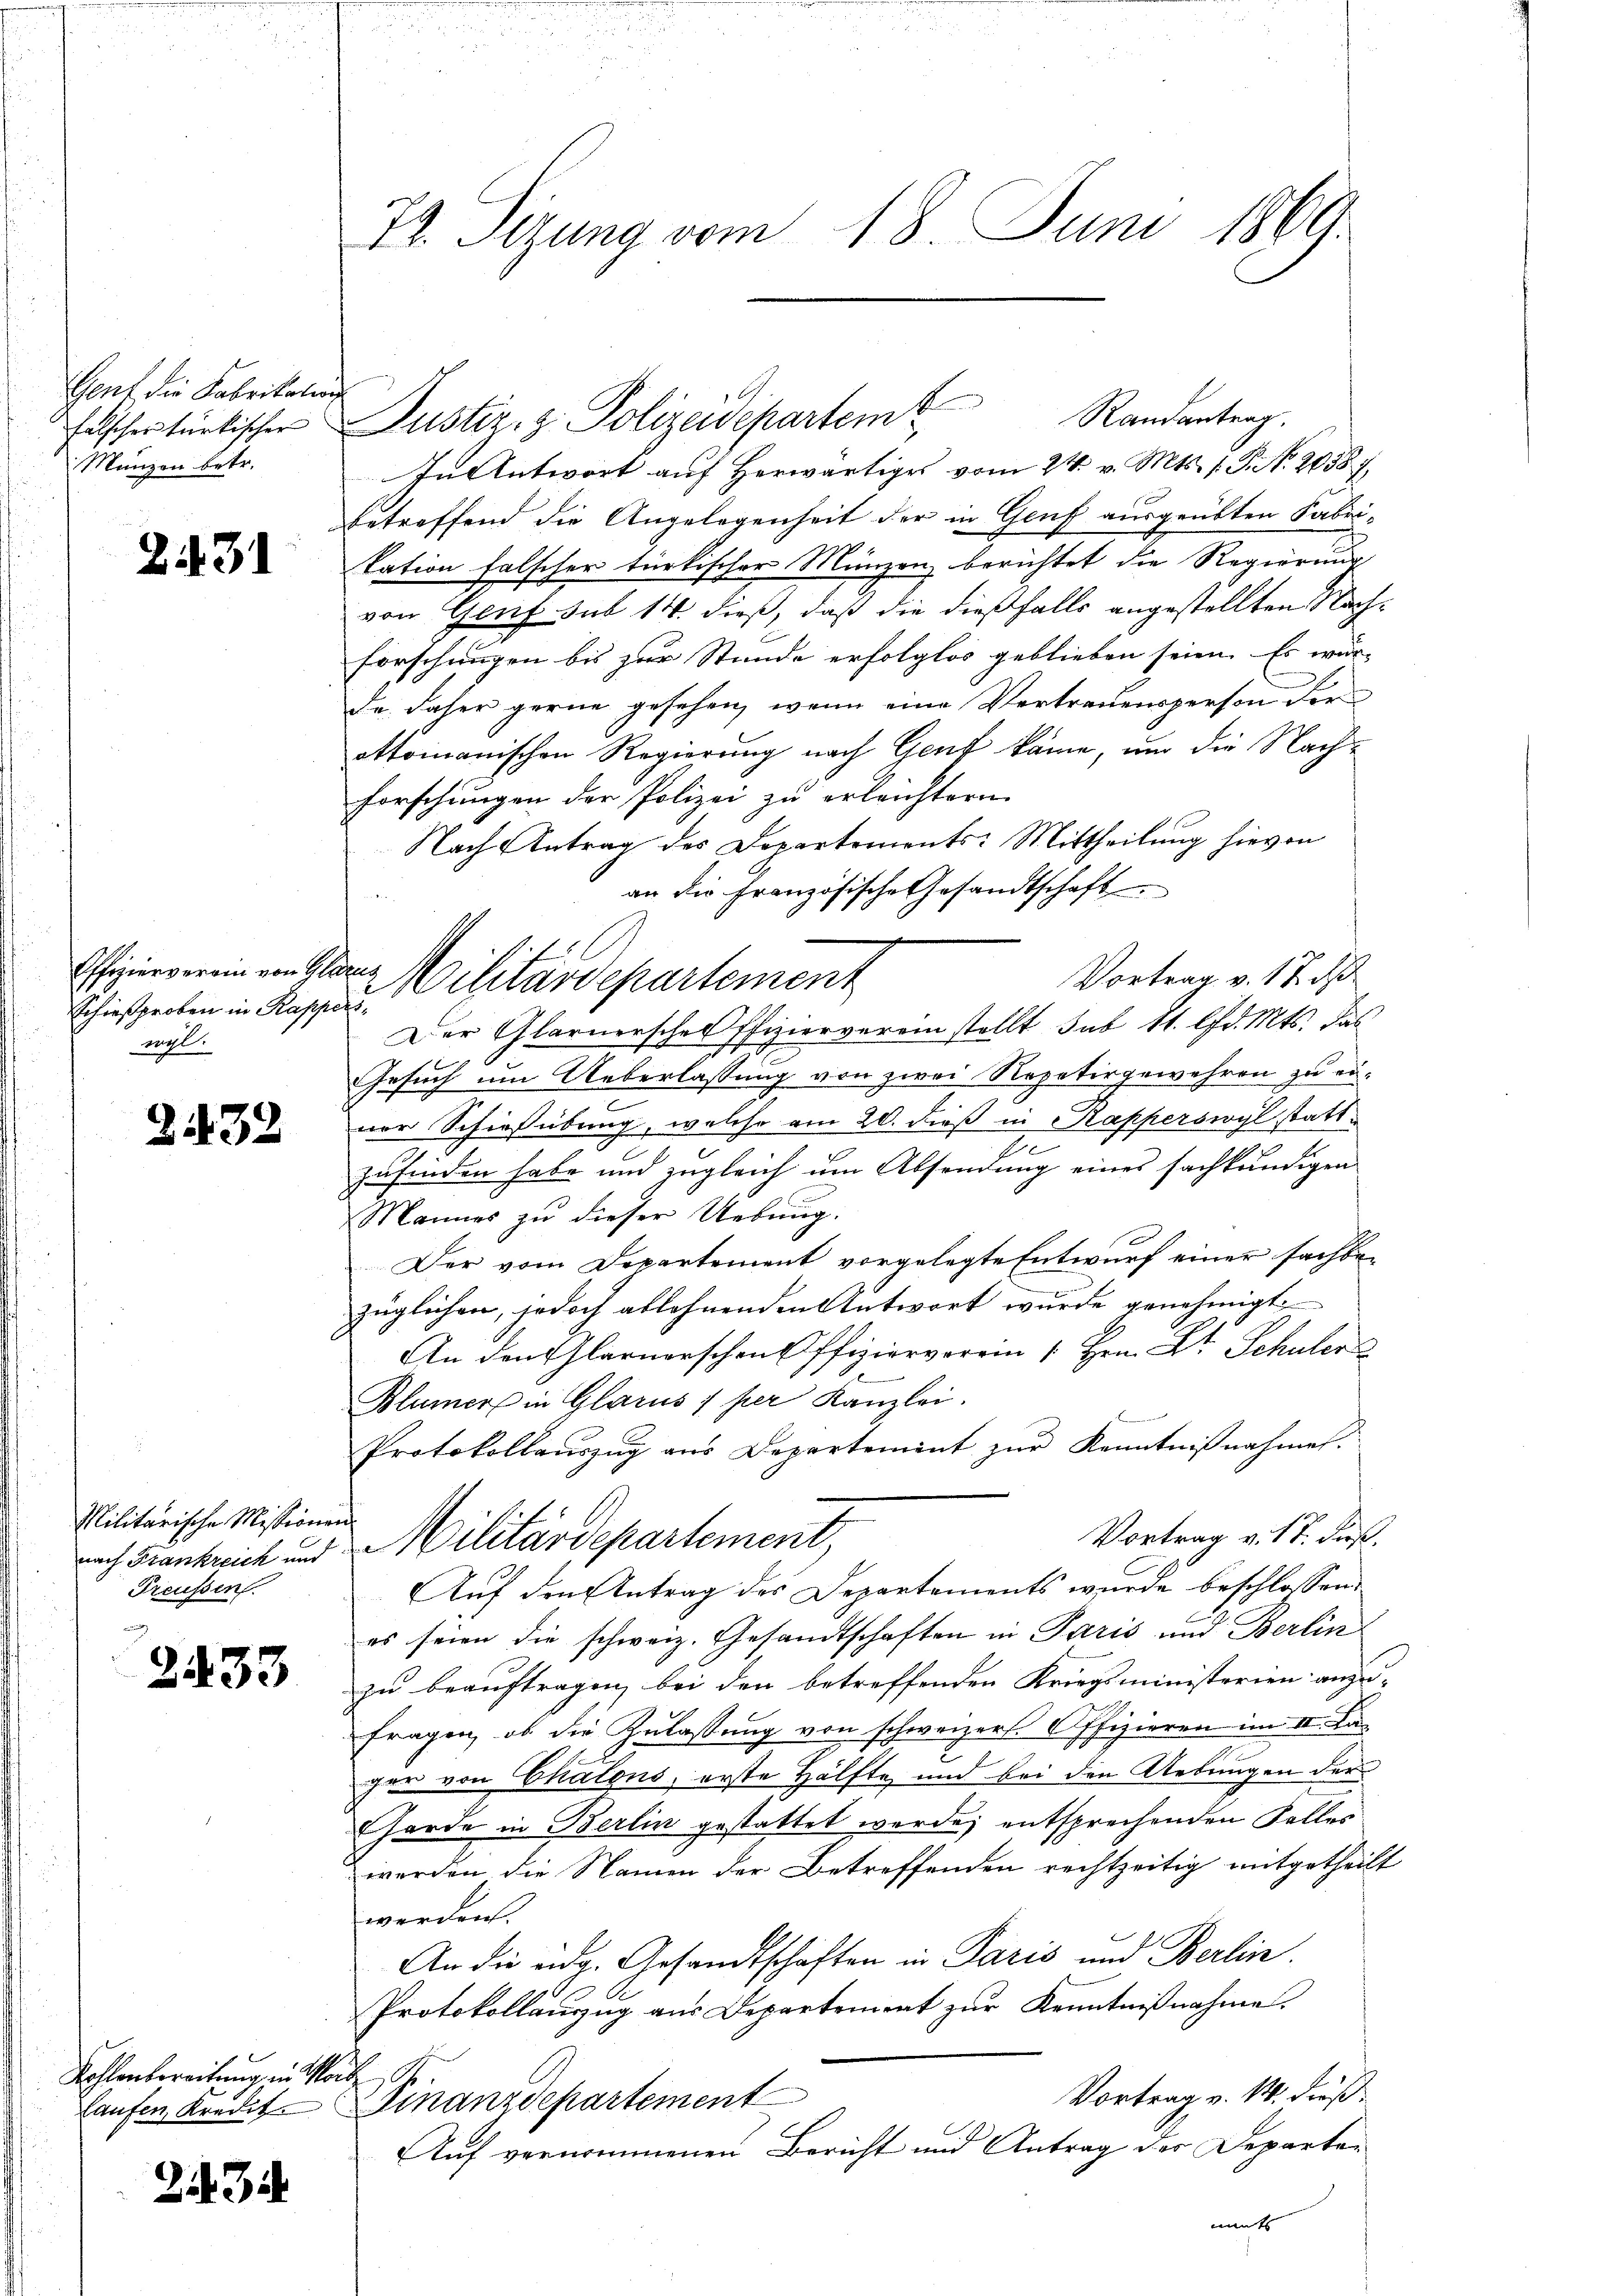
Gent die Fabrikatio
falsches türkischer
Manzen betr.

2131

Offizierverain von Gl
Schießproben in Rappe
wyl.

2132

Militarische Missionen
nach Frankreich und
Preussen

2433

Kohlenbereitung in Mor
laufen, Kredit

Zif. 3

72. Sizung vom 18. Juni 1869.

Justiz z. Polizeidepartemb
In Antwort auf herwärtiges vom 24. v. Mts. 1. P. Nr. 2038 f.
betreffend die Angelegenheit der in Genf ausgeübten Fabri-
kation falscher türkischer Münzen berichtet die Regierung
von Genf sub 14. dieß, daß die dießfalls angestellten Nachforschungen bis zur Stunde erfolglos geblieben seien. Es wür-
de, daher gerne gesehen, wenn eine Vertrauensperson der
ottomanischen Regierung nach Gent käme, um die Nach¬
Forschungen der Polizei zu erleichtern.
Nach Antrag des Departements-Mittheilung hievon
an die Französische Gesandtschaft
Vortrag v. 17. d
u
Der Glarnersches Pfiziervereinstellt sub 8t. lfd. Mts. das
Gesuch um Ueberlassung von zwei Repetirgewehren zu eivor Schießübung, welche am 20. dieß in Kapperswyl stattzufinden habe und zugleich um Absendung eines fachkundigen
Mannes zŭ dieser Uebung.
Der vom Departement vorgelegte Entwurf einer sachbezüglichen, jedoch ablehnenden Antwort wurde genehmigt.
An den Glarnerschen Pfiziervorrin 1. Hrn. Dr. Schuler
Blümer in Glarus 1 per Kanzlei.
.
Protokollauszug aus Departement zŭr Kenntnißnahme.
Vortrag v. 17. Fuß.
Militärdepartement
Auf den Antrag des Departements wurde beschlossen:
es seien die schweiz. Gesandtschaften in Paris und Berlin
zu beauftragen, bei den betreffenden Kriegsministerien anzu-
fragen, ob die Zulassung von schweizers. Offizieren im II. Lager von Chatons, erste Hälfte und bei den Uebungen der
hörde in Berlin gestattet werde; entsprechenden Falles
werden die Namen der Betreffenden rechtzeitig mitgetheilt
werden.
An die eidg. Gesandtschäften in Paris und Berlin.
Protokollauszug aus Departement zŭr Kenntnißnahme.
A.
Vortrag v. 14. dieß
Finanzdepartement
Auf vernommenen Bericht und Antrag der Departen
mts

Militärdepartement

Randantrag.